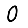
Digit: 0